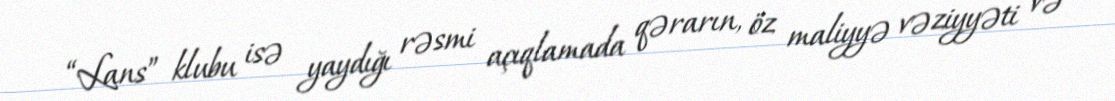
“Lans” klubu isə yaydığı rəsmi açıqlamada qərarın, öz maliyyə vəziyyəti və